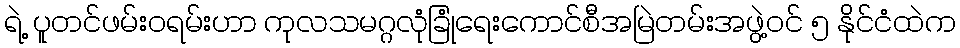
ရဲ့ ပူတင်ဖမ်း၀ရမ်းဟာ ကုလသမဂ္ဂလုံခြုံရေးကောင်စီအမြဲတမ်းအဖွဲ့ဝင် ၅ နိုင်ငံထဲက